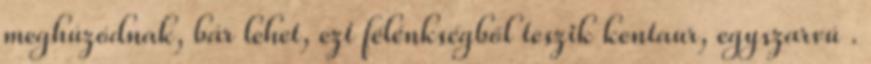
meghúzódnak, bár lehet, ezt félénkségből teszik kentaur, egyszarvú .